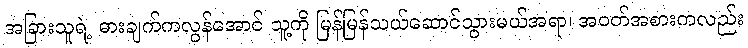
အခြားသူရဲ့ ဓားချက်ကလွန်အောင် သူ့ကို မြန်မြန်သယ်ဆောင်သွားမယ်အရာ၊ အဝတ်အစားကလည်း